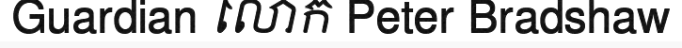
Guardian លោក Peter Bradshaw